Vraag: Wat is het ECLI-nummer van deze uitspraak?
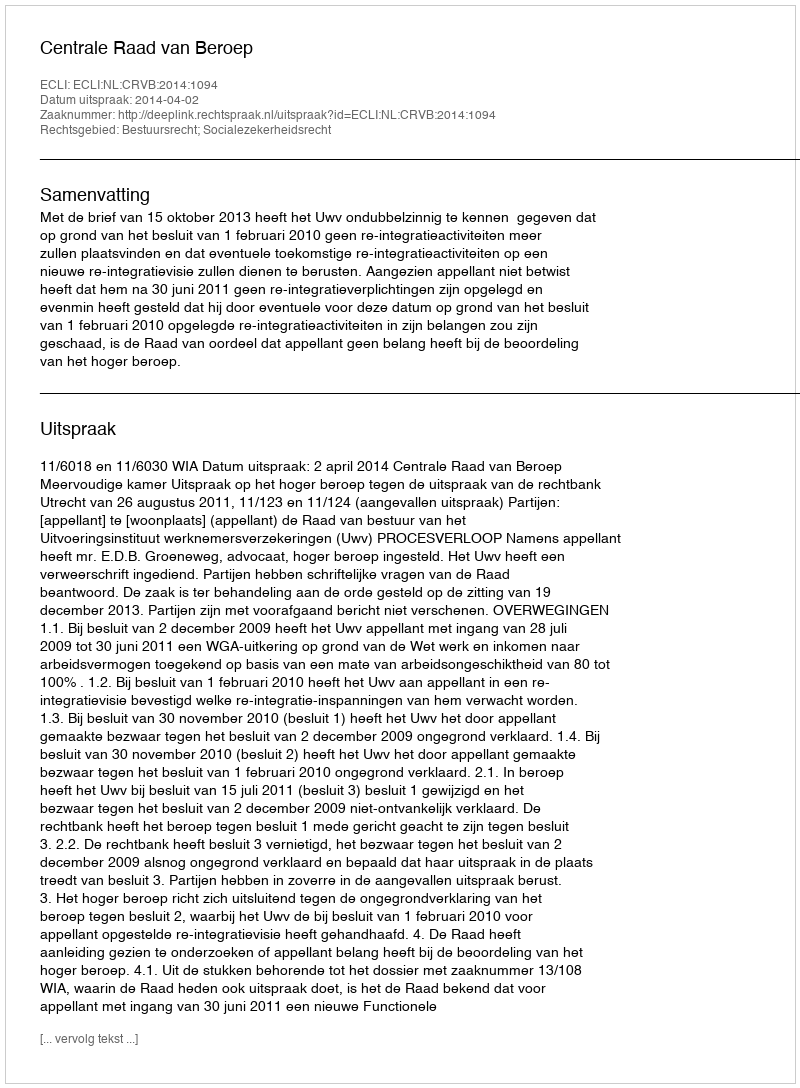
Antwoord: ECLI:NL:CRVB:2014:1094